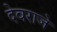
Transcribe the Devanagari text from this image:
देवराजे